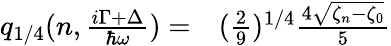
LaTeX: \begin{array}{rl}{q_{1/4}(n,\frac{i\Gamma+\Delta}{\hbar\omega})=}&{{}(\frac{2}{9})^{1/4}\frac{4\sqrt{\zeta_{n}-\zeta_{0}}}{5}}\end{array}